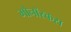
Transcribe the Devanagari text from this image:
मोनॉस्कस